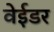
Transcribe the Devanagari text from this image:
वेईडर